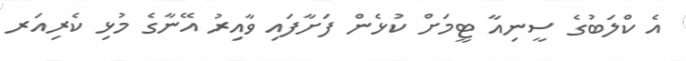
އެ ކްލަބުގެ ސީނިއާ ޓީމަށް ކުޅެން ފަށާފައި ވާއިރު އޭނާގެ މުޅި ކެރިއަރ